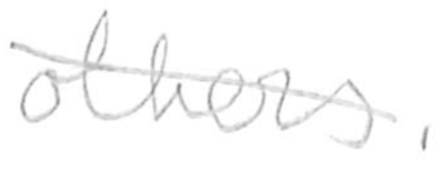
Text: others.
Cross-out: diagonal
Writing tool: pencil